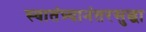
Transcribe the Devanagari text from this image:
स्वातंत्र्यानंतरसुद्धा